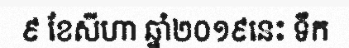
៩ ខែសីហា ឆ្នាំ២០១៩នេះ ទឹក